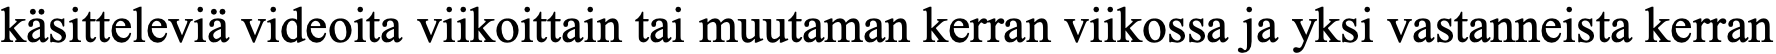
käsitteleviä videoita viikoittain tai muutaman kerran viikossa ja yksi vastanneista kerran